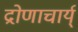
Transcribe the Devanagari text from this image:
द्रोणाचार्य्